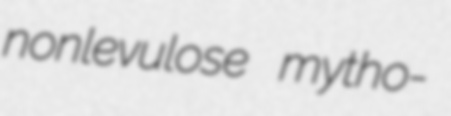
nonlevulose mytho-